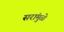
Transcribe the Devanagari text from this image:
सरांमुळे